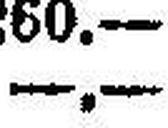
—.—